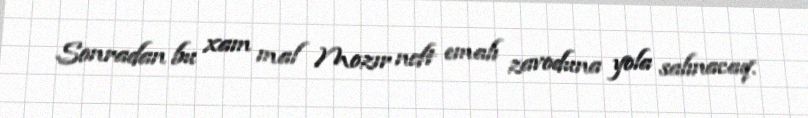
Sonradan bu xam mal Mozır neft emalı zavoduna yola salınacaq.